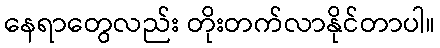
နေရာတွေလည်း တိုးတက်လာနိုင်တာပါ။